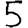
Digit: 5